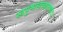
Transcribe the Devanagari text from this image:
स्वपुष्पस्वेच्छात्तषट्पदः।